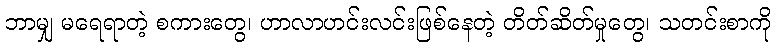
ဘာမျှ မရေရာတဲ့ စကားတွေ၊ ဟာလာဟင်းလင်းဖြစ်နေတဲ့ တိတ်ဆိတ်မှုတွေ၊ သတင်းစာကို